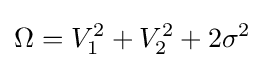
\Omega =V_{1}^{2}+V_{2}^{2}+2\sigma ^{2}